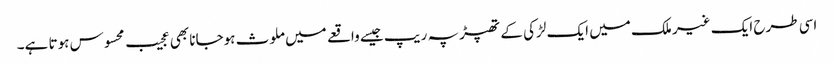
اسی طرح ایک غیر ملک میں ایک لڑکی کے تھپڑ پہ ریپ جیسے واقعے میں ملوث ہوجانا بھی عجیب محسوس ہوتا ہے۔